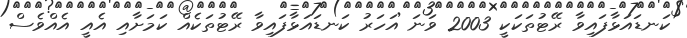
ކަނޑައަޅާފައިވާ ރޭޓުތަކަކީ 2003 ވަނަ އަހަރު ކަނޑައަޅާފައިވާ ރޭޓުތަކެއް ކަމަށާއި އެއީ އެއްވެސް